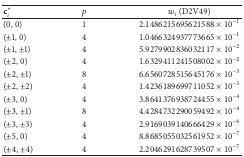
| ci⋆ | p | wi (D2V49) |
 | --- | --- | --- |
 | (0, 0) | 1 | 2.1486215695621588 × 10−1 |
 | (±1, 0) | 4 | 1.0466324937773665 × 10−1 |
 | (±1, ±1) | 4 | 5.9279902836032117 × 10−2 |
 | (±2, 0) | 4 | 1.6329411241508002 × 10−2 |
 | (±2, ±1) | 8 | 6.6560728515645176 × 10−3 |
 | (±2, ±2) | 4 | 1.4236189699711052 × 10−3 |
 | (±3, 0) | 4 | 3.8641376938724455 × 10−4 |
 | (±3, ±1) | 8 | 4.4284732290059492 × 10−4 |
 | (±3, ±3) | 4 | 2.9169039140666429 × 10−6 |
 | (±5, 0) | 4 | 8.8685055032561952 × 10−7 |
 | (±4, ±4) | 4 | 2.2046291628739507 × 10−7 |